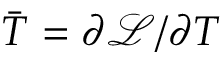
\bar { T } = \partial \mathcal { L } / \partial T